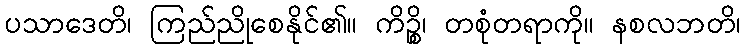
ပသာဒေတိ၊ ကြည်ညိုစေနိုင်၏။ ကိဉ္စိ၊ တစုံတရာကို။ နစလဘတိ၊